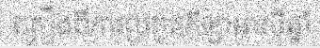
គ្រឿងពីការប្រកួតកីឡាអាស៊ីឆ្នាំ